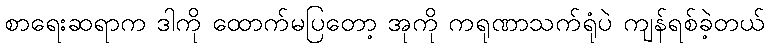
စာရေးဆရာက ဒါကို ထောက်မပြတော့ အုကို ကရုဏာသက်ရုံပဲ ကျန်ရစ်ခဲ့တယ်